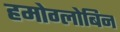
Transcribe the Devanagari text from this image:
हमोग्लोबिन